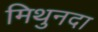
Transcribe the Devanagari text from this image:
मिथुनदा